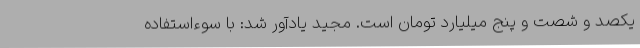
یکصد و شصت و پنج میلیارد تومان است. مجید یادآور شد: با سوء‌استفاده